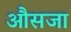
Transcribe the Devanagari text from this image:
औसजा